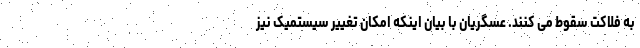
به فلاکت سقوط می کنند. عسگریان با بیان اینکه امکان تغییر سیستمیک نیز